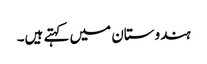
ہندوستان میں کہتے ہیں۔